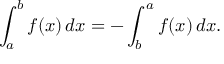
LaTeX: \int _ { a } ^ { b } f ( x ) \, d x = - \int _ { b } ^ { a } f ( x ) \, d x .